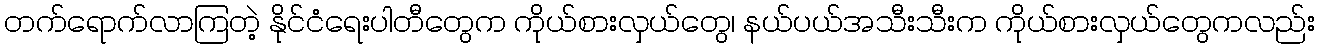
တက်ရောက်လာကြတဲ့ နိုင်ငံရေးပါတီတွေက ကိုယ်စားလှယ်တွေ၊ နယ်ပယ်အသီးသီးက ကိုယ်စားလှယ်တွေကလည်း